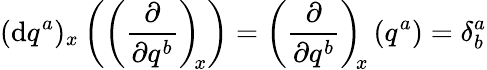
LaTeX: (\mathrm{d}q^{a})_{x}\left(\left(\frac{\partial}{\partial{q}^{b}}\right)_{\negmedspace x}\right)=\left(\frac{\partial}{\partial{q}^{b}}\right)_{\negmedspace x}\left(q^{a}\right)=\delta_{b}^{a}